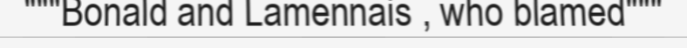
"""Bonald and Lamennais , who blamed"""